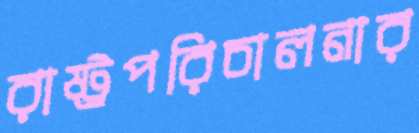
রাষ্ট্রপরিচালনার